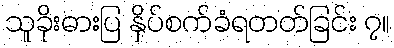
သူခိုးဓားပြ နှိပ်စက်ခံရတတ်ခြင်း ၇။